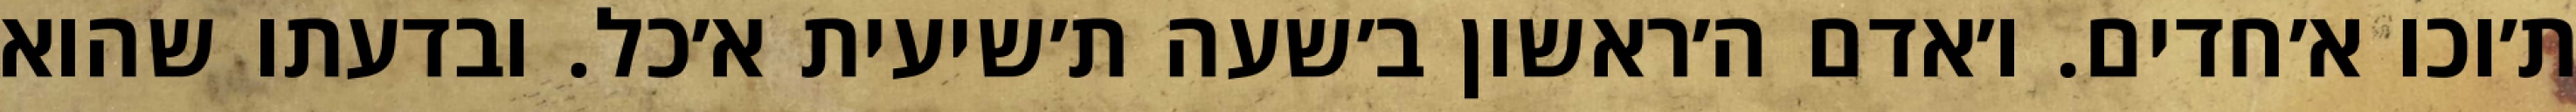
ת׳וכו א׳חדים. ו׳אדם ה׳ראשון ב׳שעה ת׳שיעית א׳כל. ובדעתו שהוא